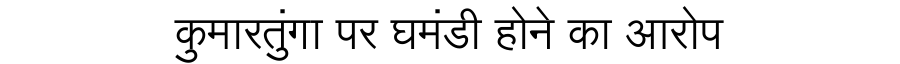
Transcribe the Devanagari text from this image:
कुमारतुंगा पर घमंडी होने का आरोप